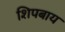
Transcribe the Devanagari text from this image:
शिपबाय